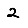
Digit: 2